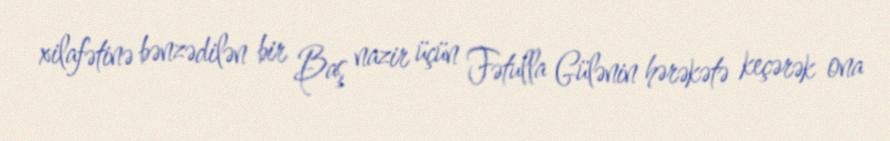
xilafətinə bənzədilən bir Baş nazir üçün Fətulla Gülənin hərəkətə keçərək ona